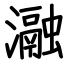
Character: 瀜